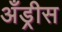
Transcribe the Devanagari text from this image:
अँड्रीस